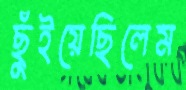
ছুঁইয়েছিলেম